Annual returns of the Patna Lunatic Asylum at Bankipore in Bihar and Orissa - 1912-1924
Year: 1912
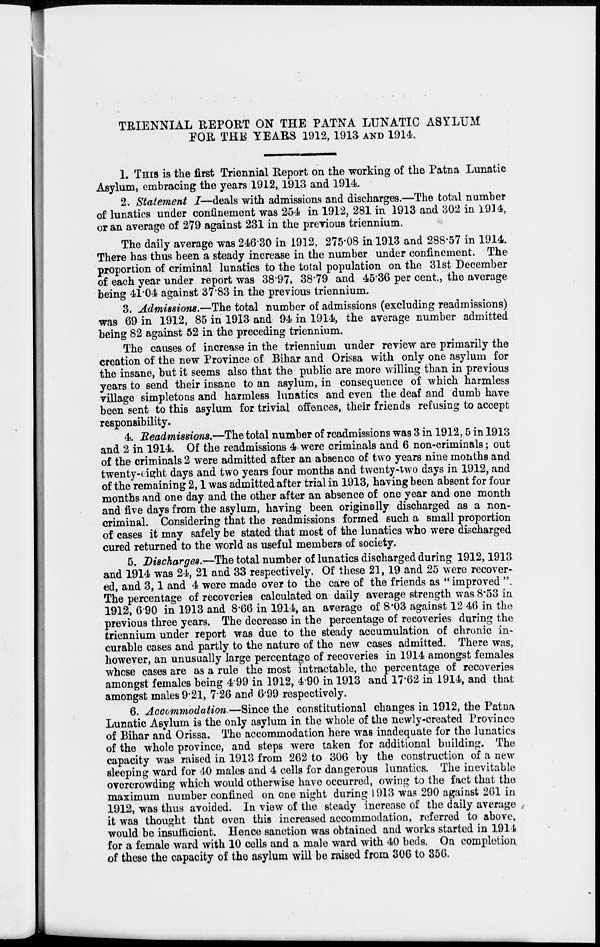
TRIENNIAL REPORT ON THE PATNA LUNATIC ASYLUM
FOR THE YEARS 1912, 1913 AND 1914.
1. THIS is the first Triennial Report on the working of the Patna Lunatic
Asylum, embracing the years 1912, 1913 and 1914.
2. Statement I—deals with admissions and discharges.—The total number
of lunatics under confinement was 254 in 1912, 281 in 1913 and 302 in 1914,
or an average of 279 against 231 in the previous triennium.
The daily average was 246.30 in 1912, 275.08 in 1913 and 288.57 in 1914.
There has thus been a steady increase in the number under confinement. The
proportion of criminal lunatics to the total population on the 31st December
of each year under report was 38.97, 38.79 and 45.36 per cent., the average
being 41.04 against 37.83 in the previous triennium.
3. Admissions.—The total number of admissions (excluding readmissions)
was 69 in 1912, 85 in 1913 and 94 in 1914, the average number admitted
being 82 against 52 in the preceding triennium.
The causes of increase in the triennium under review are primarily the
creation of the new Province of Bihar and Orissa with only one asylum for
the insane, but it seems also that the public are more willing than in previous
years to send their insane to an asylum, in consequence of which harmless
village simpletons and harmless lunatics and even the deaf and dumb have
been sent to this asylum for trivial offences, their friends refusing to accept
responsibility.
4. Readmissions.—The total number of readmissions was 3 in 1912, 5 in 1913
and 2 in 1914. Of the readmissions 4 were criminals and 6 non-criminals; out
of the criminals 2 were admitted after an absence of two years nine months and
twenty-eight days and two years four months and twenty-two days in 1912, and
of the remaining 2, 1 was admitted after trial in 1913, having been absent for four
months and one day and the other after an absence of one year and one month
and five days from the asylum, having been originally discharged as a non-
criminal. Considering that the readmissions formed such a small proportion
of cases it may safely be stated that most of the lunatics who were discharged
cured returned to the world as useful members of society.
5. Discharges.—The total number of lunatics discharged during 1912, 1913
and 1914 was 24, 21 and 33 respectively. Of these 21, 19 and 25 were recover-
ed, and 3, 1 and 4 were made over to the care of the friends as " improved "
The percentage of recoveries calculated on daily average strength was 8.53 in
1912, 6.90 in 1913 and 8.66 in 1914, an average of 8.03 against 12 46 in the
previous three years. The decrease in the percentage of recoveries during the
triennium under report was due to the steady accumulation of chronic in-
curable cases and partly to the nature of the new cases admitted. There was,
however, an unusually large percentage of recoveries in 1914 amongst females
whose cases are as a rule the most intractable, the percentage of recoveries
amongst females being 4.99 in 1912, 4.90 in 1913 and 17.62 in 1914, and that
amongst males 9.21, 7.26 and 6.99 respectively.
6. Accommodation—Since the constitutional changes in 1912, the Patna
Lunatic Asylum is the only asylum in the whole of the newly-created Province
of Bihar and Orissa. The accommodation here was inadequate for the lunatics
of the whole province, and steps were taken for additional building. The
capacity was raised in 1913 from 262 to 306 by the construction of a new
sleeping ward for 40 males and 4 cells for dangerous lunatics. The inevitable
overcrowding which would otherwise have occurred, owing to the fact that the
maximum number confined on one night during 1913 was 290 against 261 in
1912, was thus avoided. In view of the steady increase of the daily average
it was thought that even this increased accommodation, referred to above,
would be insufficient. Hence sanction was obtained and works started in 1914
for a female ward with 10 cells and a male ward with 40 beds. On completion
of these the capacity of the asylum will be raised from 306 to 356.